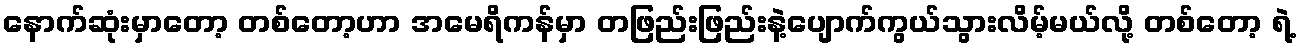
နောက်ဆုံးမှာတော့ တစ်တော့ဟာ အမေရိကန်မှာ တဖြည်းဖြည်းနဲ့ပျောက်ကွယ်သွားလိမ့်မယ်လို့ တစ်တော့ ရဲ့